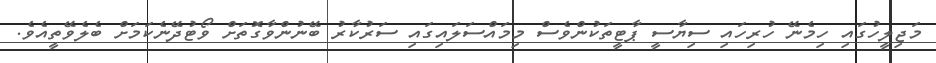
މަޖިލީހުގައި ހިމެނޭ ހުރިހައި ސިޔާސީ ޕާޓީތަކުންވެސް މިމައްސަލައިގައި ސަރުކާރު ބޭނުންވާގޮތަށް ވޯޓުދޭނެކަމަށް ބެލެވޭތީއެވެ.